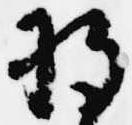
将